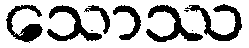
သောဿ